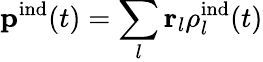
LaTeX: {\mathbf p}^{\mathrm{ind}}(t)=\sum_{l}{\mathbf r}_{l}\rho_{l}^{\mathrm{ind}}(t)